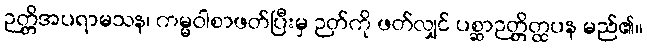
ဉတ္တိအပရာမသန၊ ကမ္မဝါစာဖတ်ပြီးမှ ဉတ်ကို ဖတ်လျှင် ပစ္ဆာဉတ္တိတ္ထပန မည်၏။